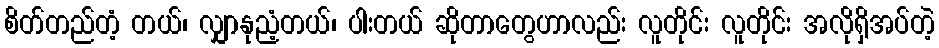
စိတ်တည်တံ့ တယ်၊ လျှာနုညံ့တယ်၊ ပါးတယ် ဆိုတာတွေဟာလည်း လူတိုင်း လူတိုင်း အလိုရှိအပ်တဲ့